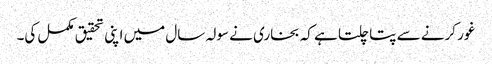
غور کرنے سے پتا چلتا ہے کہ بخاری نے سولہ سال میں اپنی تحقیق مکمل کی۔